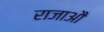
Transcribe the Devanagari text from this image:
राजाऔं